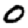
Digit: 0